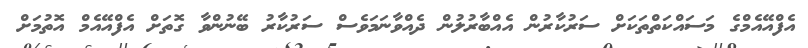
އެފްއޭއެމްގެ މަސައްކަތްތަކަށް ސަރުކާރުން އެއްބާރުލުން ދެއްވާނަމަވެސް ސަރުކާރު ބޭނުންވާ ގޮތަށް އެފްއޭއެމް އޮތުމަށް